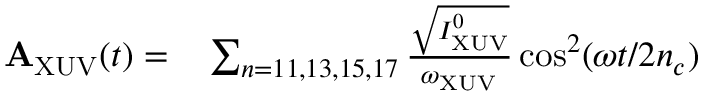
\begin{array} { r l } { \mathbf { A } _ { \mathrm { X U V } } ( t ) = } & { { } \sum _ { n = 1 1 , 1 3 , 1 5 , 1 7 } \frac { \sqrt { I _ { \mathrm { X U V } } ^ { 0 } } } { \omega _ { \mathrm { X U V } } } \cos ^ { 2 } ( \omega t / 2 n _ { c } ) } \end{array}